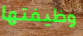
وظيفتها